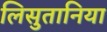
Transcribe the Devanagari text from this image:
लिसुतानिया